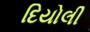
દિયોલી